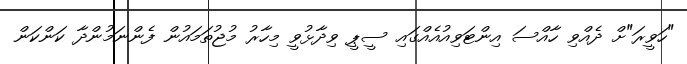
"ހަވީރަ"ށް ދެއްވި ހާއްސަ އިންޓަވިއުއެއްގައި ސީޕީ ވިދާޅުވީ މިހާރު މުޖުތަމައުން ފެންނަމުންދާ ކަންކަން